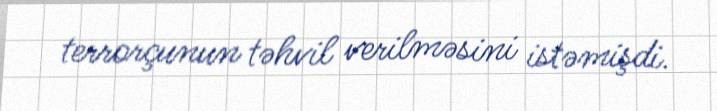
terrorçunun təhvil verilməsini istəmişdi.